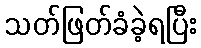
သတ်ဖြတ်ခံခဲ့ရပြီး